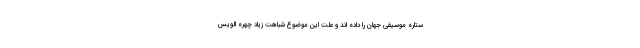
ستاره موسیقی جهان را داده اند و علت این موضوع شباهت زیاد چهره الویس